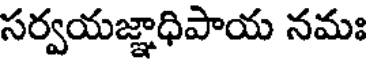
సర్వయజ్ఞాధిపాయ నమః